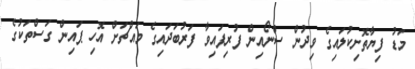
މަޑު ފިޔާތޮށިކުލައިގެ ވިދުން ސްނޯއިން ފުރިފައިވާ ފަރުބަދައިގެ މައްޗަށް އޮހި ޕައިން ގަސްތަކުގެ